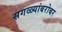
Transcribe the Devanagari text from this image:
सगळ्यांबरोबर